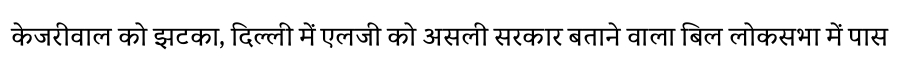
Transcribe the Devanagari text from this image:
केजरीवाल को झटका, दिल्ली में एलजी को असली सरकार बताने वाला बिल लोकसभा में पास